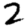
Digit: 2